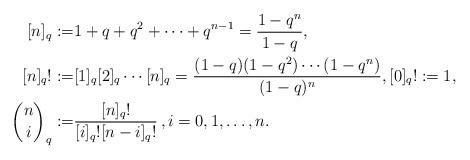
LaTeX: \begin{align*}[n]_q:=&1+q+q^2+\dots+q^{n-1}=\frac{1-q^n}{1-q},\\ [n]_q!:=&[1]_q[2]_q\dotsm[n]_q=\frac{(1-q)(1-q^2)\dotsm(1-q^n)}{(1-q)^n},[0]_q!:=1,\\ {n\choose i}_q:=&\frac{[n]_q!}{[i]_q![n-i]_q!}\,,i=0,1,\dots,n. \end{align*}